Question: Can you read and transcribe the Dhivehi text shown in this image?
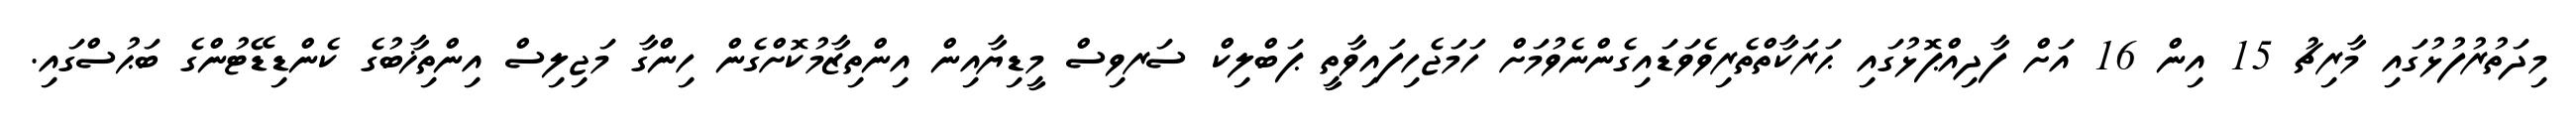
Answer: މިދަތުރުފުޅުގައި މާރިޗު 15 އިން 16 އަށް ފާދިއްޕޮޅުގައި ޙަރަކާތްތެރިވެވަޑައިގެންނެވުމަށް ހަމަޖެހިފައިވާތީ ޕަބްލިކް ސަރވިސް މީޑިޔާއިން އިންތިޒާމުކޮށްގެން ހިންގާ މަޖިލިސް އިންތިޚާބުގެ ކެންޑިޑޭޓުންގެ ބަޙުސްގައި.